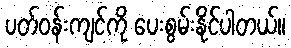
ပတ်ဝန်းကျင်ကို ပေးစွမ်းနိုင်ပါတယ်။